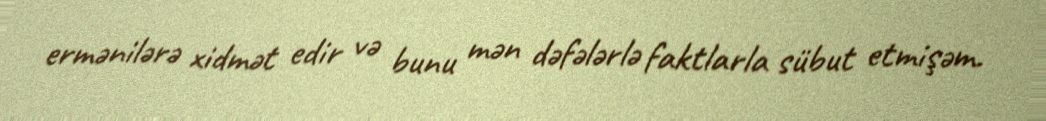
ermənilərə xidmət edir və bunu mən dəfələrlə faktlarla sübut etmişəm.